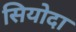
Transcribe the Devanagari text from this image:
सियोदा